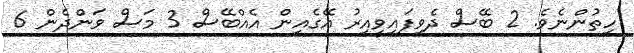
ހިތުންނެވެ. 2 ބޭސް ދެވިފައިވީއިރު އޭގެއިން އެއްބޭސް 3 މަސް ވަންދެން 6